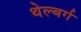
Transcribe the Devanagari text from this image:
थेल्बर्ग